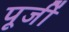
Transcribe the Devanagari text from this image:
पूजीं